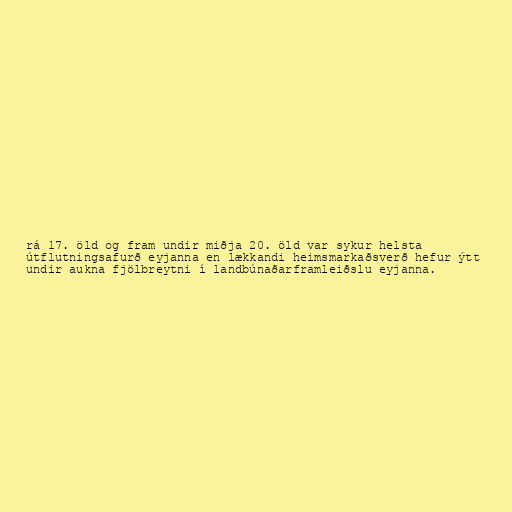
rá 17. öld og fram undir miðja 20. öld var sykur helsta
útflutningsafurð eyjanna en lækkandi heimsmarkaðsverð hefur ýtt
undir aukna fjölbreytni í landbúnaðarframleiðslu eyjanna.